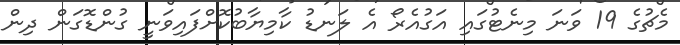
މެޗުގެ 19 ވަނަ މިނެޓުގައި އަގުއެރޯ އެ ލަނޑު ކާމިޔާބުކޮށްފައިވަނީ ގުންޑޮގަން ދިން